Annual report on the working of the lock hospitals in the North-Western Provinces and Oudh
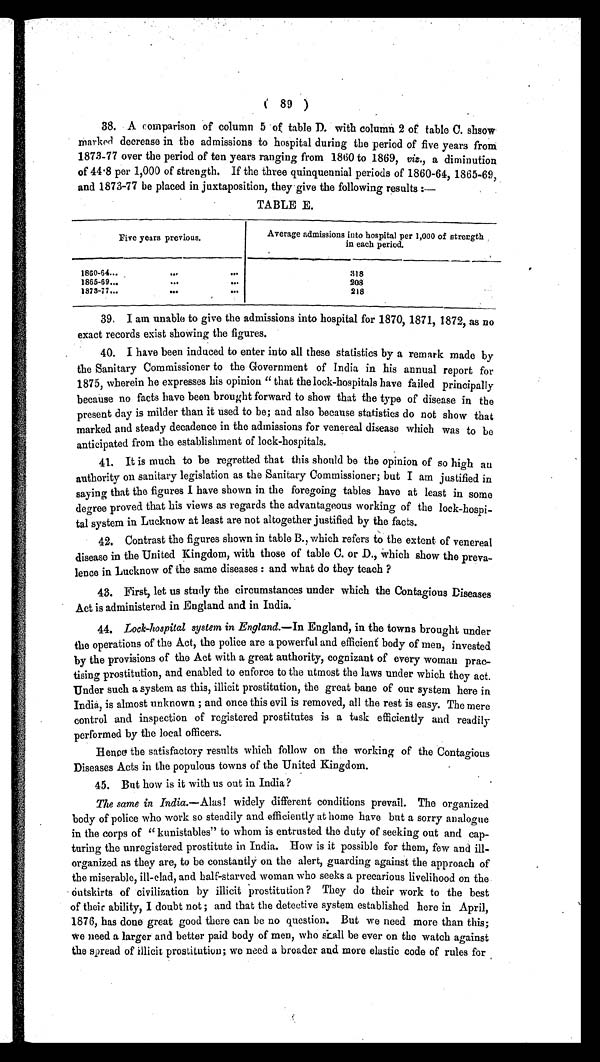
( 89 )
38. A comparison of column 5 of table D. with column 2 of table C. shsow
marked decrease in the admissions to hospital during the period of five years from
1873–77 over the period of ten years ranging from 1860 to 1869, viz., a diminution
of 44.8 per 1,000 of strength. If the three quinquennial periods of 1860-64, 1865-69,
and 1873-77 be placed in juxtaposition, they give the following results:—
TABLE E.
Five years previous.
Average admissions into hospital per 1,000 of strength
in each period.
1860-64...
. . .
. . .
318
1865-69...
...
...
208
1873-77...
. . .
...
218
3 9 . I a m u n a b l e t o g i v e t h e a d m i s s i o n s i n t o h o s p i t a l f o r 1 8 7 0 , 1 8 7 1 , 1 8 7 2 , a s n o
exact records exist showing the figures.
40. I have been induced to enter into all these statistics by a remark made by
the Sanitary Commissioner to the Government of India in his annual report for
1875, wherein he expresses his opinion “that the lock-hospitals have failed principally
because no facts have been brought forward to show that the type of disease in the
present day is milder than it used to be; and also because statistics do not show that
marked and steady decadence in the admissions for venereal disease which was to be
anticipated from the establishment of lock-hospitals.
41. It is much to be regretted that this should be the opinion of so high an
authority on sanitary legislation as the Sanitary Commissioner; but I am justified in
saying that the figures I have shown in the foregoing tables have at least in some
degree proved that his views as regards the advantageous working of the lock-hospi-
tal system in Lucknow at least are not altogether justified by the facts.
42. Contrast the figures shown in table B., which refers to the extent of venereal
disease in the United Kingdom, with those of table C. or D., Which show the preva-
lence in Lucknow of the same diseases : and what do they teach ?
43. First, let us study the circumstances under which the Contagious Diseases
Act is administered in England and in India.
44. Lock-hospital system in England. —In England, in the towns brought under
the operations of the Act, the police are a powerful and efficient body of men, invested
by the provisions of the Act with a great authority, cognizant of every woman prac-
tising prostitution, and enabled to enforce to the utmost the laws under which they act.
Under such a system as this, illicit prostitution, the great bane of our system here in
India, is almost unknown ; and once this evil is removed, all the rest is easy. The mere
control and inspection of registered prostitutes is a task efficiently and readily
performed by the local officers.
Hence the satisfactory results which follow on the working of the Contagious
Diseases Acts in the populous towns of the United Kingdom.
45. But how is it with us out in India ?
The same in India .—Alas! widely different conditions prevail. The organized
body of police who work so steadily and efficiently at home have but a sorry analogue
in the corps of “kunistables” to whom is entrusted the duty of seeking out and cap-
turing the unregistered prostitute in India. How is it possible for them, few and ill-
organized as they are, to be constantly on the alert, guarding against the approach of
the miserable, ill-clad, and half-starved woman who seeks a precarious livelihood on the
outskirts of civilization by illicit prostitution? They do their work to the best
of their ability, I doubt not; and that the detective system established here in April,
1876, has done great good there can be no question. But we need more than this;
we need a larger and better paid body of men, who scall be ever on the watch against
the spread of illicit prostitution; we need a broader and more elastic code of rules for